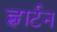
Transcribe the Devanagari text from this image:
ह्वार्टन